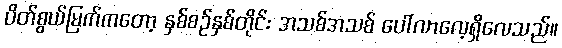
ပိတ်စွယ်မြက်ကတော့ နှစ်စဉ်နှစ်တိုင်း အသစ်အသစ် ပေါ်လာလေ့ရှိလေသည်။